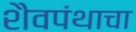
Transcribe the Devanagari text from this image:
शैवपंथाचा